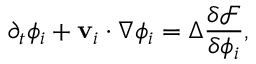
\partial _ { t } \phi _ { i } + \mathbf { v } _ { i } \cdot \nabla \phi _ { i } = \Delta \frac { \delta \mathcal { F } } { \delta \phi _ { i } } ,